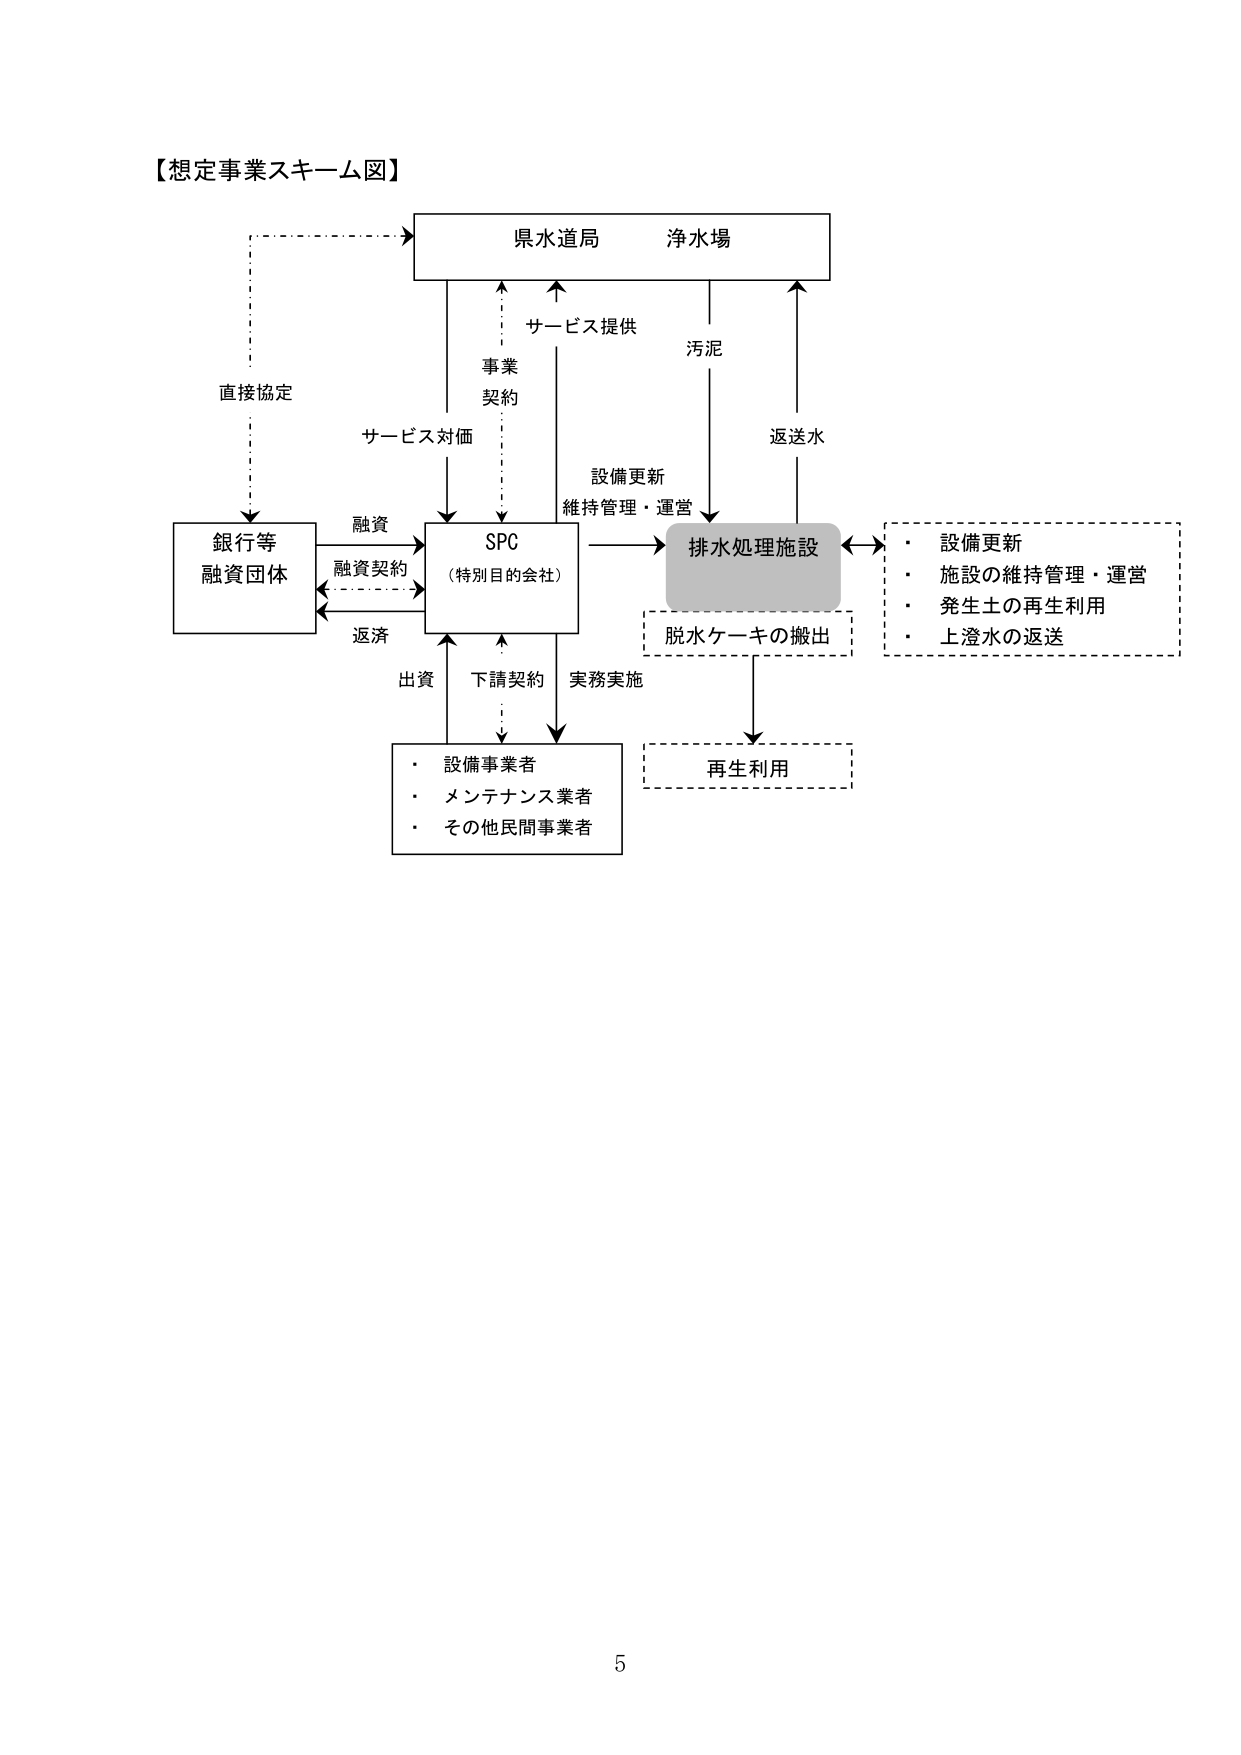
【想定事業スキーム図】

県水道局　浄水場

直接協定

銀行等
融資団体

融資
融資契約
返済

SPC
（特別目的会社）

サービス対価
事業
契約
サービス提供

出資
下請契約
実務実施

・設備事業者
・メンテナンス業者
・その他民間事業者

設備更新
維持管理・運営

排水処理施設

汚泥
返送水

脱水ケーキの搬出

再生利用

・設備更新
・施設の維持管理・運営
・発生土の再生利用
・上澄水の返送

5